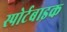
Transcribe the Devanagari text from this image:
स्पोर्टबाइक